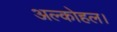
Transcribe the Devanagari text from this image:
अल्कोहल।